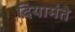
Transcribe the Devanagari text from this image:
दियामंते